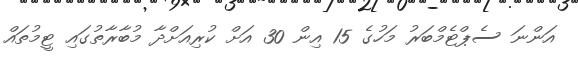
އަންނަ ސެޕްޓެމްބަރު މަހުގެ 15 އިން 30 އަށް ކުރިއަށްދާ މުބާރާތުގައި ޓީމުތައް